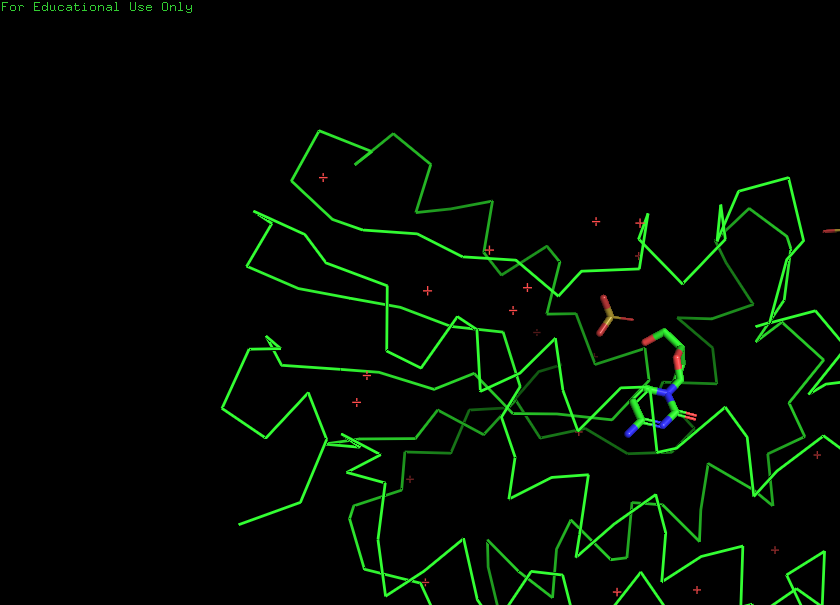
pymol, preset, simple